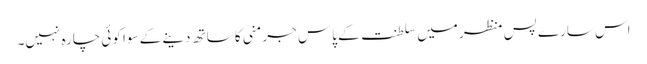
اس سارے پس منظر میں سلطنت کے پاس جرمنی کا ساتھ دینے کے سوا کوئی چارہ نہیں۔